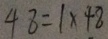
4 8 = \times 4 8